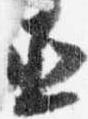
直